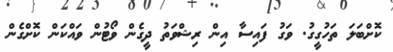
ކޮށްބަލަ ތަހުގީގު. ވަގު ފައިސާ އިިން ރިޝްވަތު ދީގެން ވޯޓުން ވައްކަން ކޮށްގެން